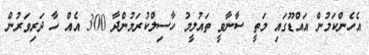
އެހެންކަމުން އައްޑޫގައި މަތީ ސާނާވީ ތައުލީމު ހާސިލްކުރަމުންދާ 300 އެއް ހާ ދަރިވަރުން